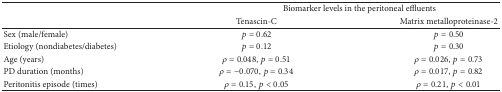
<table><thead><tr><td><b> </b></td><td colspan="2"><b>Biomarker levels in the peritoneal effluents</b></td></tr><tr><td><b> </b></td><td><b>Tenascin-C</b></td><td><b>Matrix metalloproteinase-2</b></td></tr></thead><tbody><tr><td>Sex (male/female)</td><td><i>p</i> = 0.62</td><td><i>p</i> = 0.50</td></tr><tr><td>Etiology (nondiabetes/diabetes)</td><td><i>p</i> = 0.12</td><td><i>p</i> = 0.30</td></tr><tr><td>Age (years)</td><td><i>ρ</i> = 0.048, <i>p</i> = 0.51</td><td><i>ρ</i> = 0.026, <i>p</i> = 0.73</td></tr><tr><td>PD duration (months)</td><td><i>ρ</i> = −0.070, <i>p</i> = 0.34</td><td><i>ρ</i> = 0.017, <i>p</i> = 0.82</td></tr><tr><td>Peritonitis episode (times)</td><td><i>ρ</i> = 0.15, <i>p</i> &lt; 0.05</td><td><i>ρ</i> = 0.21, <i>p</i> &lt; 0.01</td></tr></tbody></table>